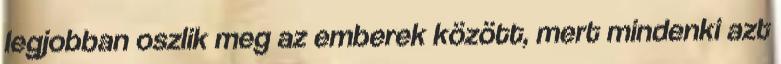
legjobban oszlik meg az emberek között, mert mindenki azt